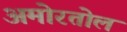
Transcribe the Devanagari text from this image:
अमोरतोल